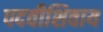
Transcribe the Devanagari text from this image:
पदवीशिवाय